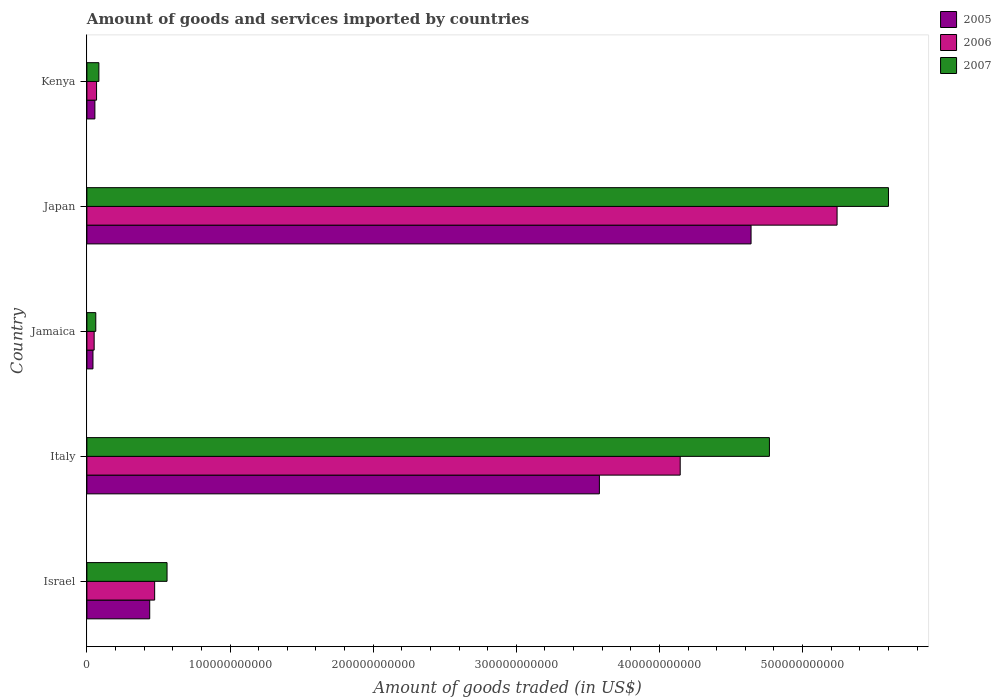
| Country | 2005 | 2006 | 2007 |
 | --- | --- | --- | --- |
 | Israel | 4.39e+10 | 4.73e+10 | 5.6e+10 |
 | Italy | 3.58e+11 | 4.15e+11 | 4.77e+11 |
 | Jamaica | 4.25e+09 | 5.08e+09 | 6.2e+09 |
 | Japan | 4.64e+11 | 5.24e+11 | 5.6e+11 |
 | Kenya | 5.59e+09 | 6.75e+09 | 8.37e+09 |